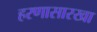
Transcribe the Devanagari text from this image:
हरणासारखा